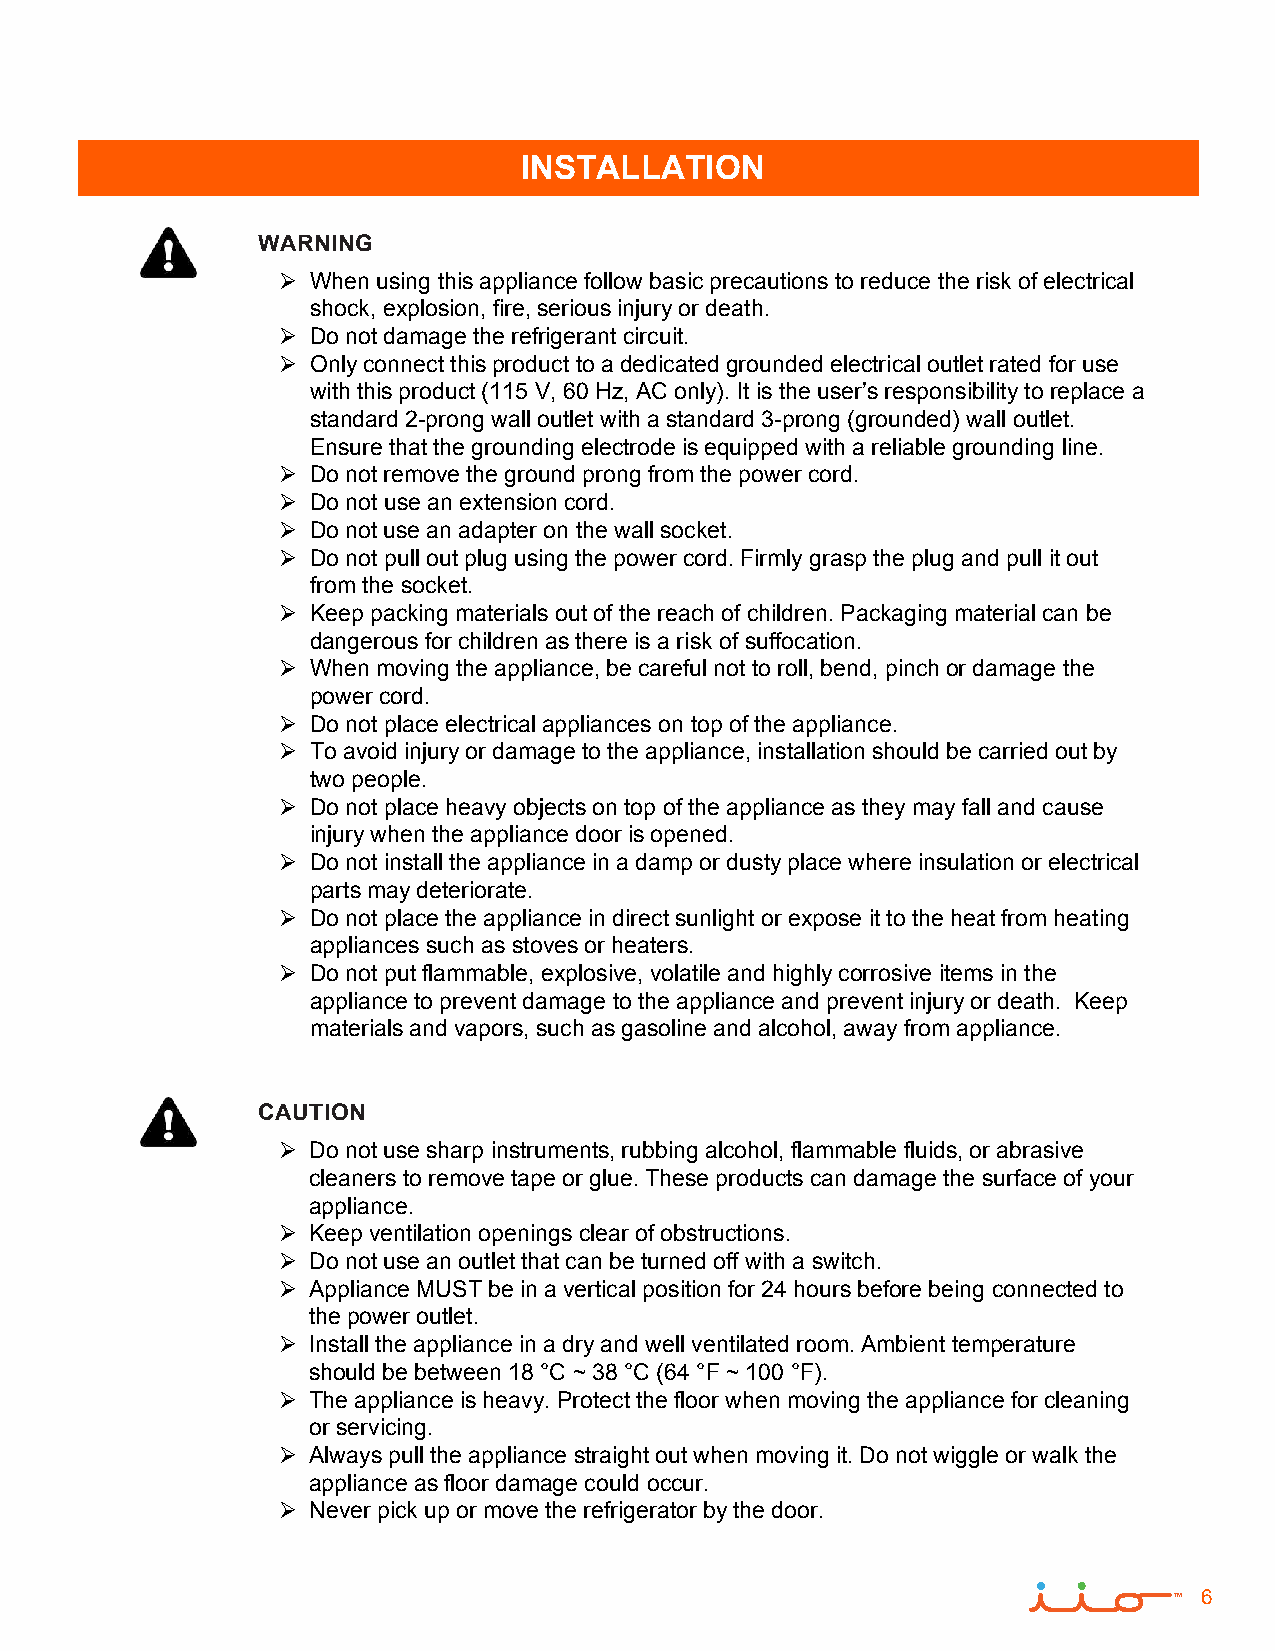
INSTALLATION
 WARNING
   When using this appliance follow basic precautions to reduce the risk of electrical
 shock, explosion, fire, serious injury or death.
   Do not damage the refrigerant circuit.
   Only connect this product to a dedicated grounded electrical outlet rated for use
 with this product (115 V, 60 Hz, AC only). It is the user’s responsibility to replace a
 standard 2-prong wall outlet with a standard 3-prong (grounded) wall outlet.
 Ensure that the grounding electrode is equipped with a reliable grounding line.
   Do not remove the ground prong from the power cord.
   Do not use an extension cord.
   Do not use an adapter on the wall socket.
   Do not pull out plug using the power cord. Firmly grasp the plug and pull it out
 from the socket.
   Keep packing materials out of the reach of children. Packaging material can be
 dangerous for children as there is a risk of suffocation.
   When moving the appliance, be careful not to roll, bend, pinch or damage the
 power cord.
   Do not place electrical appliances on top of the appliance.
   To avoid injury or damage to the appliance, installation should be carried out by
 two people.
   Do not place heavy objects on top of the appliance as they may fall and cause
 injury when the appliance door is opened.
   Do not install the appliance in a damp or dusty place where insulation or electrical
 parts may deteriorate.
   Do not place the appliance in direct sunlight or expose it to the heat from heating
 appliances such as stoves or heaters.
   Do not put flammable, explosive, volatile and highly corrosive items in the
 appliance to prevent damage to the appliance and prevent injury or death. Keep
 materials and vapors, such as gasoline and alcohol, away from appliance.
 CAUTION
  Do not use sharp instruments, rubbing alcohol, flammable fluids, or abrasive
 cleaners to remove tape or glue. These products can damage the surface of your
 appliance.
  Keep ventilation openings clear of obstructions.
  Do not use an outlet that can be turned off with a switch.
  Appliance MUST be in a vertical position for 24 hours before being connected to
 the power outlet.
  Install the appliance in a dry and well ventilated room. Ambient temperature
 should be between 18 °C ~ 38 °C (64 °F ~ 100 °F).
  The appliance is heavy. Protect the floor when moving the appliance for cleaning
 or servicing.
  Always pull the appliance straight out when moving it. Do not wiggle or walk the
 appliance as floor damage could occur.
  Never pick up or move the refrigerator by the door.
 6